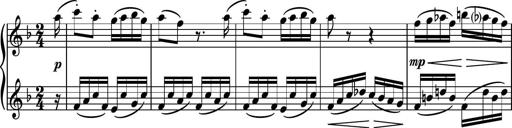
Title: Piano Sonatina No.8
Composer: Dimitri Sykias
Key: F major